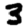
Digit: 3